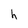
Character: h